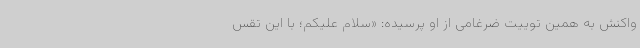
واکنش به همین توییت ضرغامی از او پرسیده: «سلام‌ علیکم؛ با این تقس